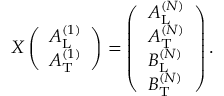
\begin{array} { r } { X \left( \begin{array} { l } { A _ { \mathrm { L } } ^ { ( 1 ) } } \\ { A _ { \mathrm { T } } ^ { ( 1 ) } } \end{array} \right) = \left( \begin{array} { l } { A _ { \mathrm { L } } ^ { ( N ) } } \\ { A _ { \mathrm { T } } ^ { ( N ) } } \\ { B _ { \mathrm { L } } ^ { ( N ) } } \\ { B _ { \mathrm { T } } ^ { ( N ) } } \end{array} \right) . } \end{array}